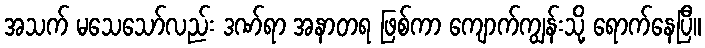
အသက် မသေသော်လည်း ဒဏ်ရာ အနာတရ ဖြစ်ကာ ကျောက်ကျွန်းသို့ ရောက်နေပြီ။